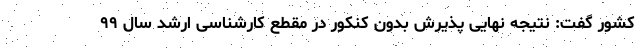
کشور گفت: نتیجه نهایی پذیرش بدون کنکور در مقطع کارشناسی ارشد سال ۹۹